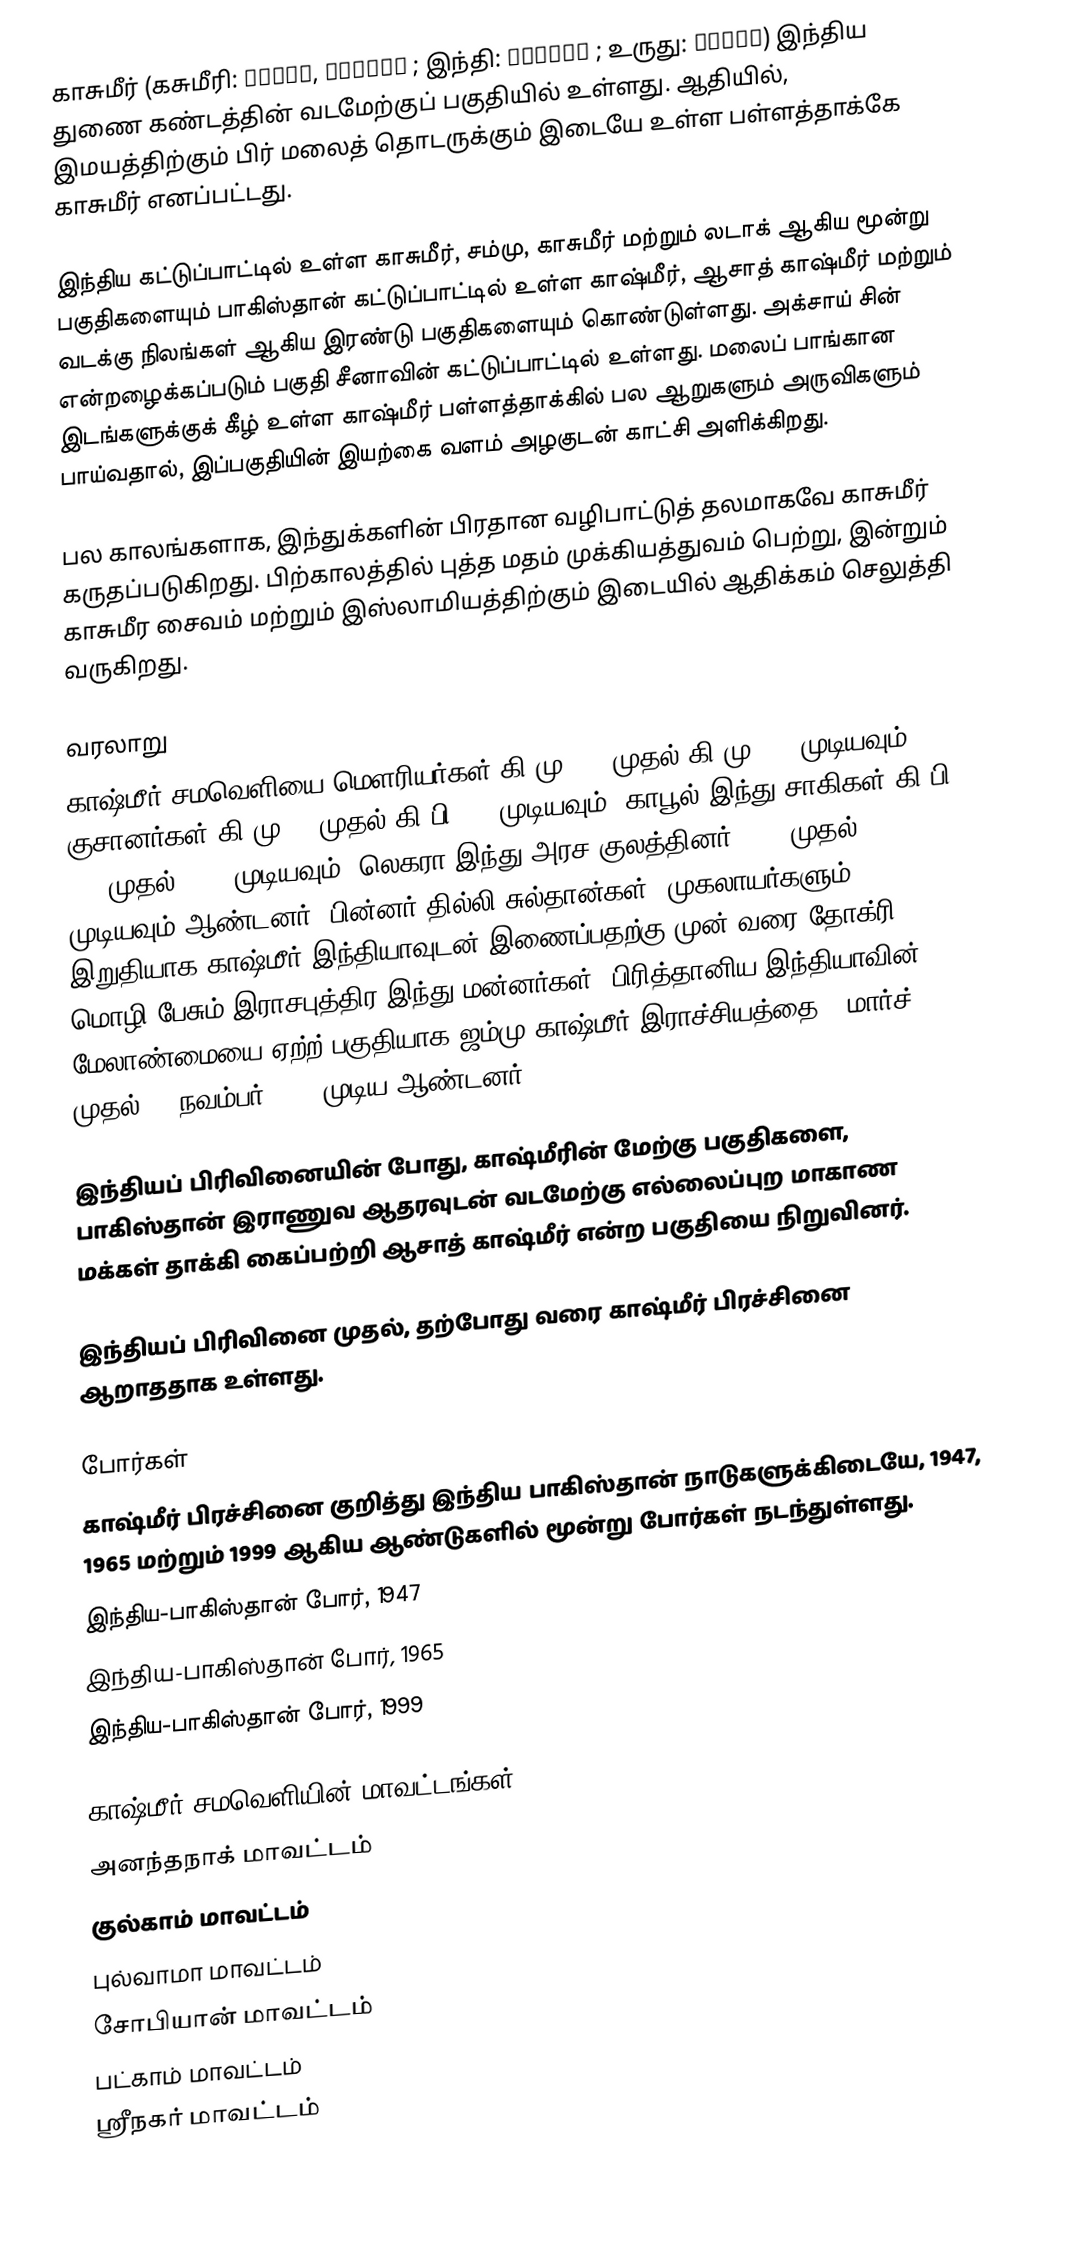
காசுமீர் (கசுமீரி: कॅशीर,  کٔشِیر ; இந்தி: कश्मीर ; உருது: کشمیر) இந்திய துணை கண்டத்தின் வடமேற்குப் பகுதியில் உள்ளது. ஆதியில், இமயத்திற்கும் பிர் மலைத் தொடருக்கும் இடையே உள்ள பள்ளத்தாக்கே காசுமீர் எனப்பட்டது.

இந்திய கட்டுப்பாட்டில் உள்ள காசுமீர், சம்மு, காசுமீர் மற்றும் லடாக் ஆகிய மூன்று பகுதிகளையும் பாகிஸ்தான் கட்டுப்பாட்டில் உள்ள காஷ்மீர், ஆசாத் காஷ்மீர் மற்றும் வடக்கு நிலங்கள் ஆகிய இரண்டு பகுதிகளையும் கொண்டுள்ளது. அக்சாய் சின் என்றழைக்கப்படும் பகுதி சீனாவின் கட்டுப்பாட்டில் உள்ளது. மலைப் பாங்கான இடங்களுக்குக் கீழ் உள்ள காஷ்மீர் பள்ளத்தாக்கில் பல ஆறுகளும் அருவிகளும் பாய்வதால், இப்பகுதியின் இயற்கை வளம் அழகுடன் காட்சி அளிக்கிறது.

பல காலங்களாக, இந்துக்களின் பிரதான வழிபாட்டுத் தலமாகவே காசுமீர் கருதப்படுகிறது. பிற்காலத்தில் புத்த மதம் முக்கியத்துவம் பெற்று, இன்றும் காசுமீர சைவம் மற்றும் இஸ்லாமியத்திற்கும் இடையில் ஆதிக்கம் செலுத்தி வருகிறது.

வரலாறு
காஷ்மீர் சமவெளியை மௌரியர்கள் கி மு 322 முதல் கி மு 185 முடியவும்; குசானர்கள் கி மு  30 முதல் கி பி 375 முடியவும்; காபூல் இந்து சாகிகள் கி பி 500 முதல் 1010 முடியவும்; லெகரா  இந்து அரச குலத்தினர்  1003 முதல்  1320 முடியவும் ஆண்டனர். பின்னர் தில்லி சுல்தான்கள், முகலாயர்களும், இறுதியாக காஷ்மீர் இந்தியாவுடன் இணைப்பதற்கு முன் வரை  தோக்ரி மொழி பேசும் இராசபுத்திர இந்து மன்னர்கள், பிரித்தானிய இந்தியாவின் மேலாண்மையை ஏற்ற் பகுதியாக ஜம்மு காஷ்மீர் இராச்சியத்தை 6 மார்ச் 1846 முதல் 17 நவம்பர் 1952 முடிய ஆண்டனர்.

இந்தியப் பிரிவினையின் போது, காஷ்மீரின் மேற்கு பகுதிகளை, பாகிஸ்தான் இராணுவ ஆதரவுடன் வடமேற்கு எல்லைப்புற மாகாண மக்கள் தாக்கி கைப்பற்றி ஆசாத் காஷ்மீர் என்ற பகுதியை நிறுவினர்.

இந்தியப் பிரிவினை முதல், தற்போது வரை காஷ்மீர் பிரச்சினை  ஆறாததாக உள்ளது.

போர்கள்
காஷ்மீர் பிரச்சினை குறித்து இந்திய பாகிஸ்தான் நாடுகளுக்கிடையே, 1947, 1965 மற்றும் 1999 ஆகிய ஆண்டுகளில் மூன்று போர்கள் நடந்துள்ளது.
  இந்திய-பாகிஸ்தான் போர், 1947
 இந்திய-பாகிஸ்தான் போர், 1965
 இந்திய-பாகிஸ்தான் போர், 1999

காஷ்மீர் சமவெளியின் மாவட்டங்கள்
  அனந்தநாக் மாவட்டம்
  குல்காம் மாவட்டம்
  புல்வாமா மாவட்டம்
  சோபியான் மாவட்டம்
  பட்காம் மாவட்டம்
  ஸ்ரீநகர் மாவட்டம்